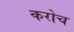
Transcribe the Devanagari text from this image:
करोच